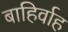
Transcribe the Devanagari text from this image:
बाहिर्वाह